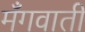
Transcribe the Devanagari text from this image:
मँगवाती